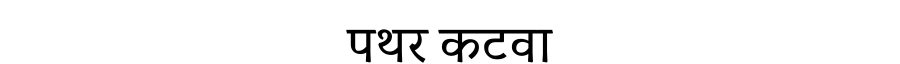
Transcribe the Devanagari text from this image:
पथर कटवा